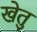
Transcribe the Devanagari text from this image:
खेतु